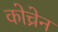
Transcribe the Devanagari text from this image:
कोच्रेन